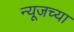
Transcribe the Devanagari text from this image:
न्यूजच्या